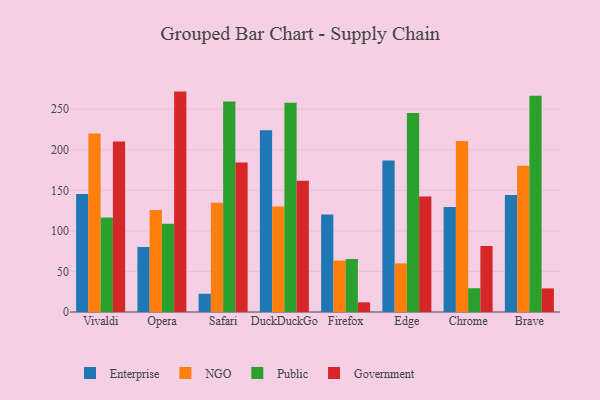
{"axis": {"x": "Browser", "y": "Operating Costs (USD K)"}, "legend": ["Enterprise", "Government", "NGO", "Public"], "data": [{"x": "Vivaldi", "y": 145.6, "type": "Enterprise"}, {"x": "Vivaldi", "y": 220.2, "type": "NGO"}, {"x": "Vivaldi", "y": 116.4, "type": "Public"}, {"x": "Vivaldi", "y": 210.4, "type": "Government"}, {"x": "Opera", "y": 80.3, "type": "Enterprise"}, {"x": "Opera", "y": 125.8, "type": "NGO"}, {"x": "Opera", "y": 108.7, "type": "Public"}, {"x": "Opera", "y": 271.8, "type": "Government"}, {"x": "Safari", "y": 22.5, "type": "Enterprise"}, {"x": "Safari", "y": 134.6, "type": "NGO"}, {"x": "Safari", "y": 259.6, "type": "Public"}, {"x": "Safari", "y": 184.4, "type": "Government"}, {"x": "DuckDuckGo", "y": 224.0, "type": "Enterprise"}, {"x": "DuckDuckGo", "y": 130.2, "type": "NGO"}, {"x": "DuckDuckGo", "y": 257.9, "type": "Public"}, {"x": "DuckDuckGo", "y": 161.9, "type": "Government"}, {"x": "Firefox", "y": 120.3, "type": "Enterprise"}, {"x": "Firefox", "y": 63.4, "type": "NGO"}, {"x": "Firefox", "y": 65.4, "type": "Public"}, {"x": "Firefox", "y": 11.9, "type": "Government"}, {"x": "Edge", "y": 186.9, "type": "Enterprise"}, {"x": "Edge", "y": 60.0, "type": "NGO"}, {"x": "Edge", "y": 245.4, "type": "Public"}, {"x": "Edge", "y": 142.3, "type": "Government"}, {"x": "Chrome", "y": 129.6, "type": "Enterprise"}, {"x": "Chrome", "y": 211.0, "type": "NGO"}, {"x": "Chrome", "y": 29.3, "type": "Public"}, {"x": "Chrome", "y": 81.3, "type": "Government"}, {"x": "Brave", "y": 144.4, "type": "Enterprise"}, {"x": "Brave", "y": 180.4, "type": "NGO"}, {"x": "Brave", "y": 266.7, "type": "Public"}, {"x": "Brave", "y": 29.1, "type": "Government"}]}